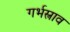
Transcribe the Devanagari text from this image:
गर्भस्त्राव